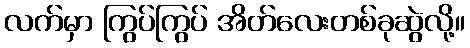
လက်မှာ ကြွပ်ကြွပ် အိတ်လေးတစ်ခုဆွဲလို့။